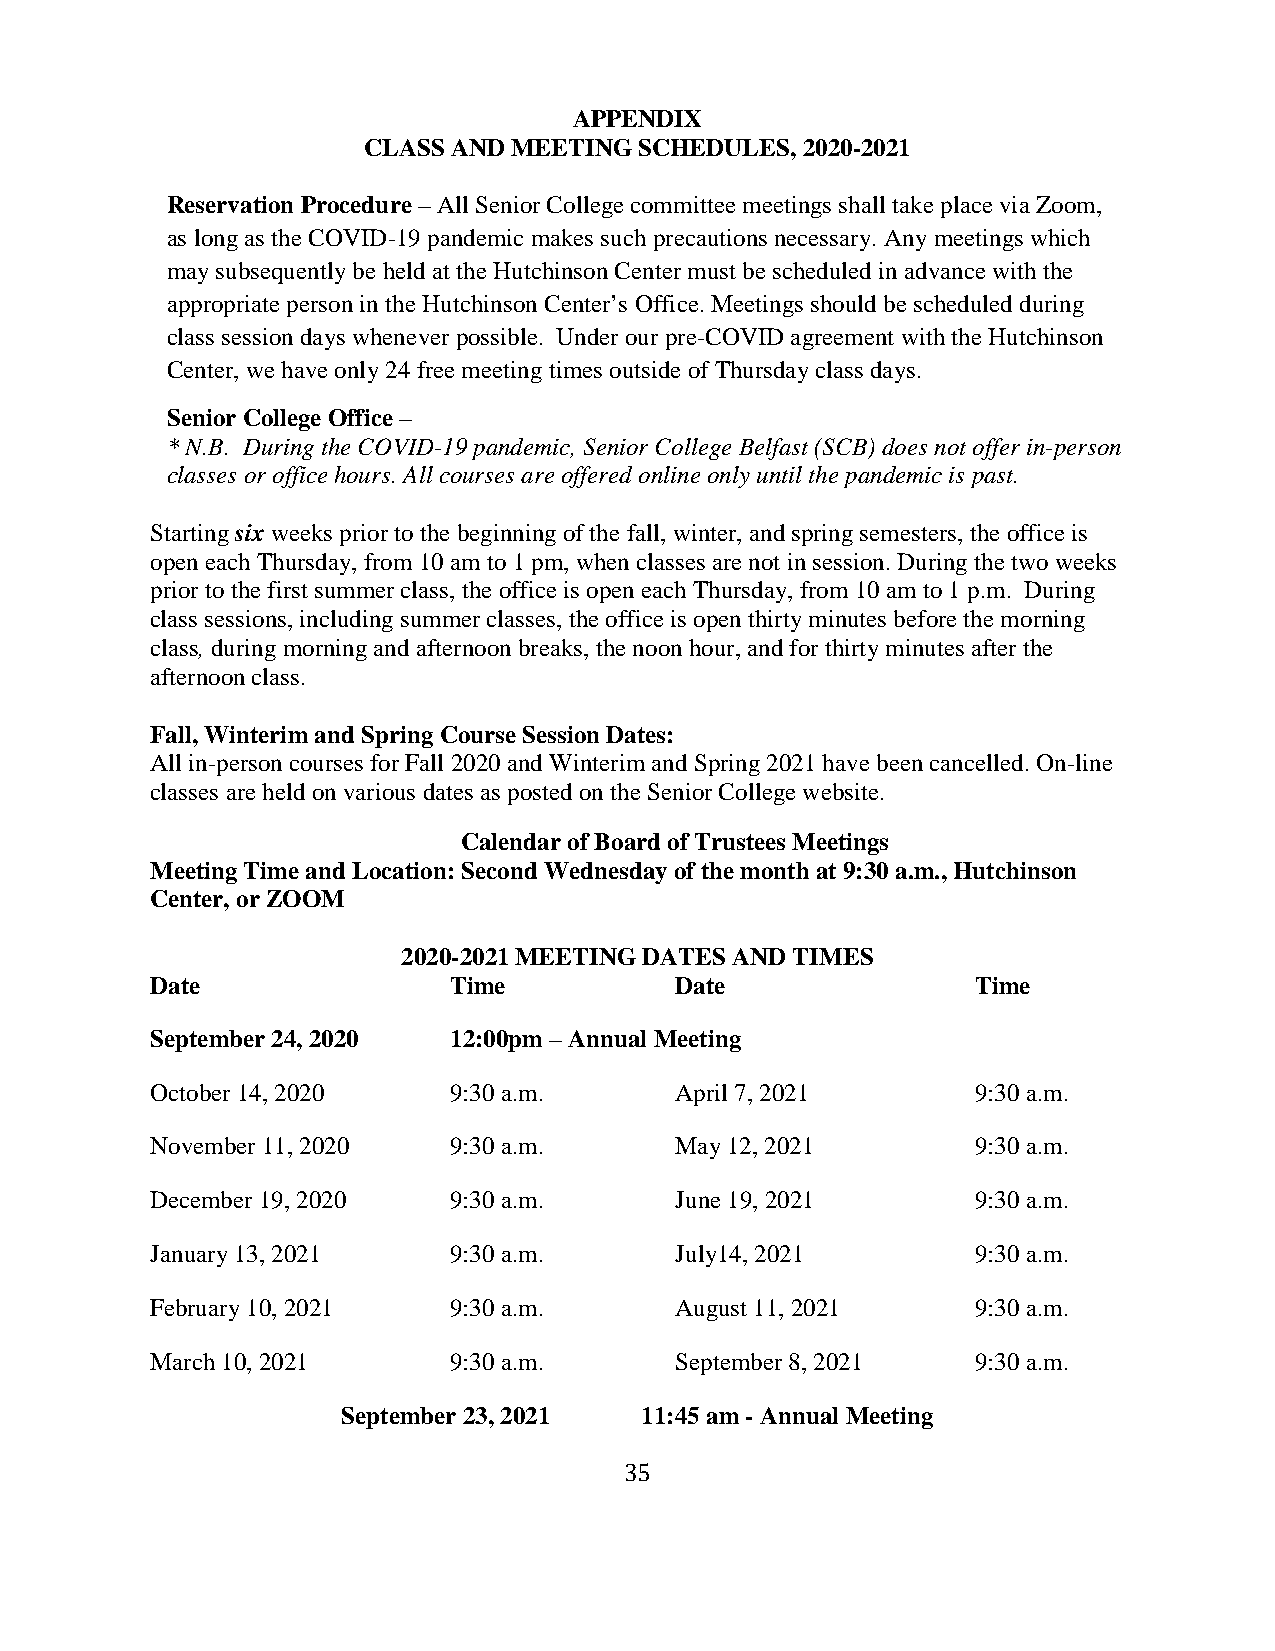
APPENDIX
 CLASS AND MEETING SCHEDULES, 2020-2021
 Reservation Procedure – All Senior College committee meetings shall take place via Zoom,
 as long as the COVID-19 pandemic makes such precautions necessary. Any meetings which
 may subsequently be held at the Hutchinson Center must be scheduled in advance with the
 appropriate person in the Hutchinson Center’s Office. Meetings should be scheduled during
 class session days whenever possible. Under our pre-COVID agreement with the Hutchinson
 Center, we have only 24 free meeting times outside of Thursday class days.
 Senior College Office –
 * N.B. During the COVID-19 pandemic, Senior College Belfast (SCB) does not offer in-person
 classes or office hours. All courses are offered online only until the pandemic is past.
 Starting six weeks prior to the beginning of the fall, winter, and spring semesters, the office is
 open each Thursday, from 10 am to 1 pm, when classes are not in session. During the two weeks
 prior to the first summer class, the office is open each Thursday, from 10 am to 1 p.m. During
 class sessions, including summer classes, the office is open thirty minutes before the morning
 class, during morning and afternoon breaks, the noon hour, and for thirty minutes after the
 afternoon class.
 Fall, Winterim and Spring Course Session Dates:
 All in-person courses for Fall 2020 and Winterim and Spring 2021 have been cancelled. On-line
 classes are held on various dates as posted on the Senior College website.
 Calendar of Board of Trustees Meetings
 Meeting Time and Location: Second Wednesday of the month at 9:30 a.m., Hutchinson
 Center, or ZOOM
 2020-2021 MEETING DATES AND TIMES
 Date                Time           Date                Time
 September 24, 2020  12:00pm – Annual Meeting
 October 14, 2020    9:30 a.m.      April 7, 2021       9:30 a.m.
 November 11, 2020   9:30 a.m.      May 12, 2021        9:30 a.m.
 December 19, 2020   9:30 a.m.      June 19, 2021       9:30 a.m.
 January 13, 2021    9:30 a.m.      July14, 2021        9:30 a.m.
 February 10, 2021   9:30 a.m.      August 11, 2021     9:30 a.m.
 March 10, 2021      9:30 a.m.      September 8, 2021   9:30 a.m.
 September 23, 2021 11:45 am - Annual Meeting
 35